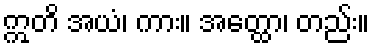
ဣတိ အယံ၊ ကား။ အတ္ထော၊ တည်း။